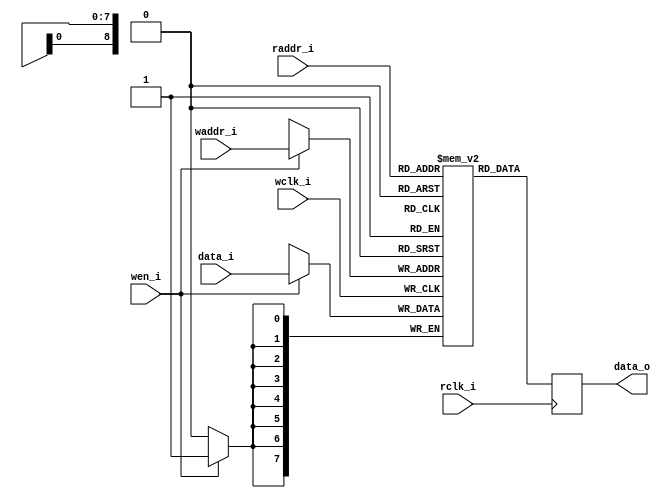
/* Dual port RAM module
 * Copyright Robert Schmidt <rschmidt@uni-bremen.de>, 2020
 *
 * This documentation describes Open Hardware and is licensed under the
 * CERN-OHL-W v2.
 *
 * You may redistribute and modify this documentation under the terms
 * of the CERN-OHL-W v2. (https://cern.ch/cern-ohl). This documentation
 * is distributed WITHOUT ANY EXPRESS OR IMPLIED WARRANTY, INCLUDING OF
 * MERCHANTABILITY, SATISFACTORY QUALITY AND FITNESS FOR A PARTICULAR
 * PURPOSE. Please see the CERN-OHL-W v2 for applicable conditions.
 */

module sram_dual_port #(
	parameter DATA_WIDTH = 8,
	parameter ADDR_WIDTH = 9,
	parameter FILE = ""
)(
	input wire wclk_i,
	input wire rclk_i,
	input wire wen_i,

	input wire [ADDR_WIDTH-1:0] waddr_i,
	input wire [DATA_WIDTH-1:0] data_i,
	
	input wire [ADDR_WIDTH-1:0] raddr_i,
	output reg [DATA_WIDTH-1:0] data_o
);

	reg [DATA_WIDTH-1:0] mem [(1<<ADDR_WIDTH)-1:0];

	initial
	begin
		if (FILE != "") $readmemh(FILE, mem);
	end


	always @(posedge wclk_i)
	begin
		if (wen_i)
			mem[waddr_i] <= data_i;
	end


	always @(posedge rclk_i)
	begin
		data_o <= mem[raddr_i];
	end
			

endmodule